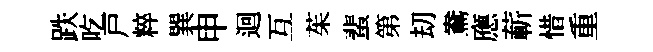
跌吃戸粹巽申迴互茱蜚第刧鴦應蔪惜重